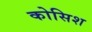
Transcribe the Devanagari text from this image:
कोसिश